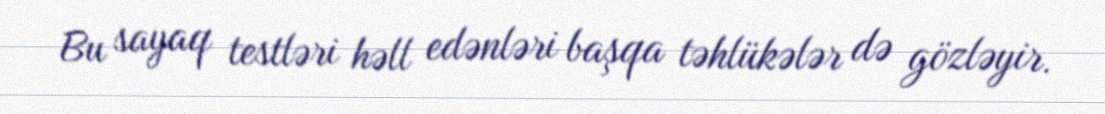
Bu sayaq testləri həll edənləri başqa təhlükələr də gözləyir.